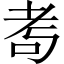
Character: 耉